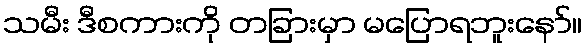
သမီး ဒီစကားကို တခြားမှာ မပြောရဘူးနော်။